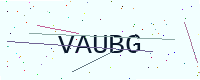
Text: VAUBG